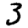
Digit: 3